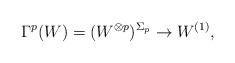
\begin{align*}\Gamma^p(W)=(W^{\otimes p})^{\Sigma_p} \to W^{(1)},\end{align*}